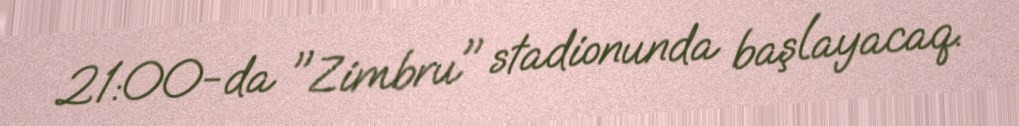
21:00-da "Zimbru" stadionunda başlayacaq.